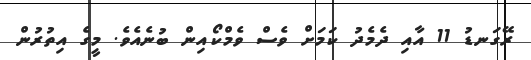
ރޭގަނޑު 11 އާއި ދެމެދު ކަމަށް ވެސް ވެމްކޯއިން ބުނެއެވެ. މީގެ އިތުރުން